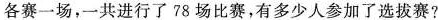
各赛一场，一共进行了78场比赛，有多少人了选拔赛？